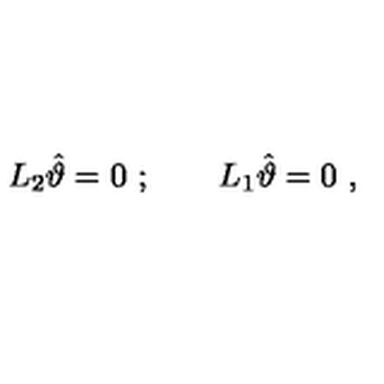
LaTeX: L _ { 2 } \hat { \vartheta } = 0 \ ; \qquad L _ { 1 } \hat { \vartheta } = 0 \ ,